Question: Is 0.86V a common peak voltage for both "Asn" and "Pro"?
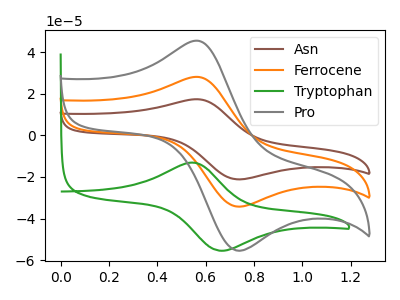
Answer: <think>The brown curve "Asn" has an anodic peak at (0.55V, 56.10uA) and a cathodic peak at (0.75V, -68.55uA). The orange curve "Ferrocene" has an anodic peak at (0.55V, 28.05uA) and a cathodic peak at (0.75V, -34.30uA). The green curve "Tryptophan" has an anodic peak at (0.55V, -13.10uA) and a cathodic peak at (0.65V, -55.45uA). The gray curve "Pro" has an anodic peak at (0.55V, 45.40uA) and a cathodic peak at (0.75V, -55.50uA).</think>
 <answer>No, "Asn" and "Pro" dont share a peak at 0.86V.</answer>
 <eval>mismatch</eval>